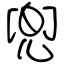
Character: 兜